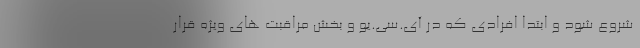
شروع شود و ابتدا افرادی که در آی.سی.یو و بخش مراقبت های ویژه قرار